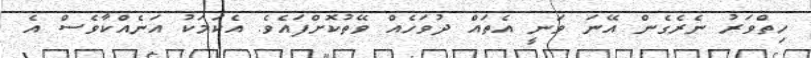
ހިތްވަރު ނެރެގެން އޭނަ ވަނީ އެތައް ދުވަހެއް ވޭތުކޮށްފައެވެ. އެކަމަކު އަނެއްކާވެސް އެ